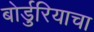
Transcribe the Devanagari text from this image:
बोर्डुरियाचा